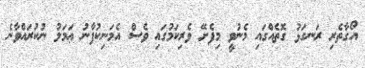
އޯގާތެރި ރަނގަޅު ގޮތެއްގައި މެނުވީ މިފެށޭ ވެރިކަމުގައި ވެސް އެމަނިކުފާނު ޢަމަލު ނުކުރައްވާނެ